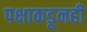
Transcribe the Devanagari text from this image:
पक्षाकडूनही